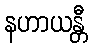
နဟာယန္တီ